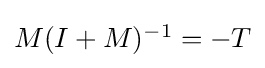
{\textstyle M(I+M)^{-1}=-T}